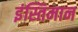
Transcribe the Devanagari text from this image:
इंस्तिमान